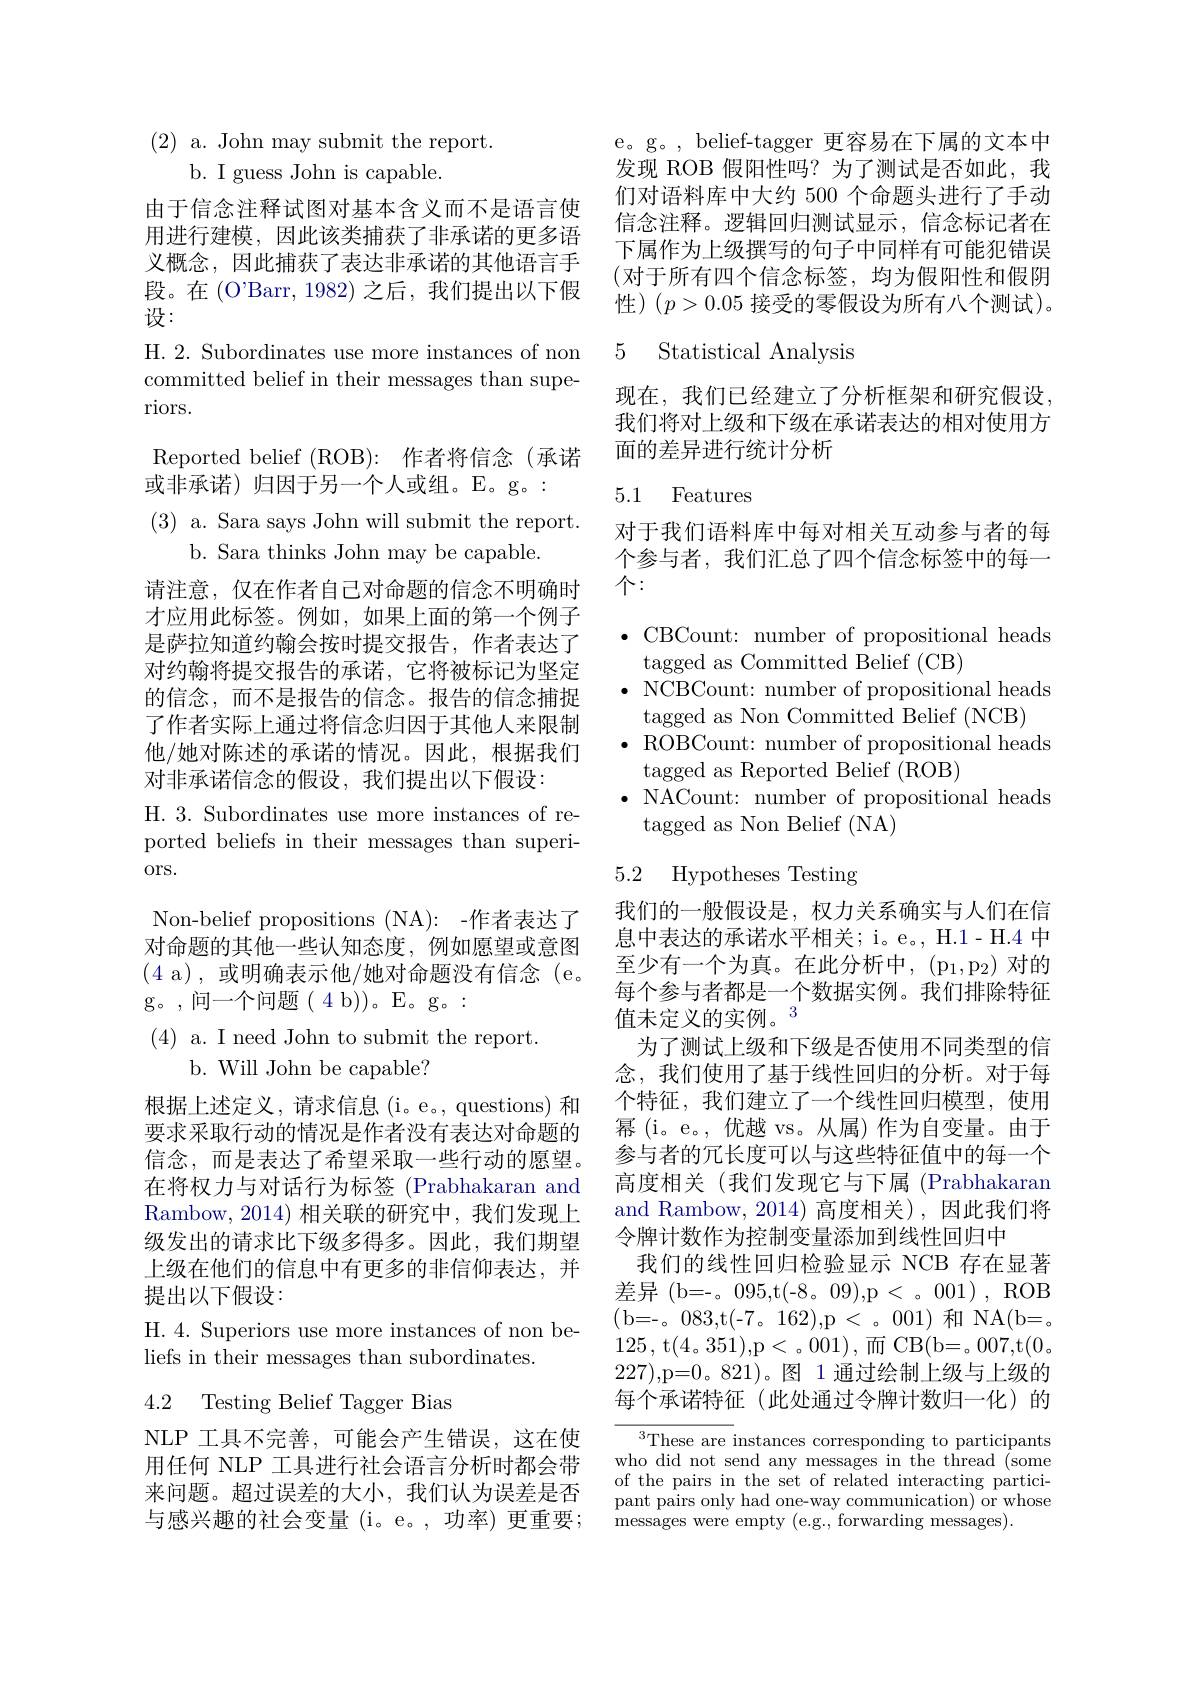
$(2){\mathrm{~a.~John~may~submit~the~report.}}$

b. I guess John is capable.

由于信念注释试图对基本含义而不是语言使用进行建模，因此该类捕获了非承诺的更多语义概念，因此捕获了表达非承诺的其他语言手段。在(O'Barr, 1982) 之后，我们提出以下假设：
H.2. Subordinates use more instances of non committed belief in their messages than superiors.
Reported belief ( ROB) : 作者将信念(承诺
或非承诺)归因于另一个人或组。E。g。:
$(3){\mathrm{~a.~Sara~says~John~will~submit~the~report}}$
b. Sara thinks John may be capable.
请注意，仅在作者自己对命题的信念不明确时才应用此标签。例如，如果上面的第一个例子是萨拉知道约翰会按时提交报告，作者表达了对约翰将提交报告的承诺，它将被标记为坚定的信念，而不是报告的信念。报告的信念捕捉了作者实际上通过将信念归因于其他人来限制他/她对陈述的承诺的情况。因此，根据我们对非承诺信念的假设，我们提出以下假设：
H. 3. Subordinates use more instances of reported beliefs in their messages than superiors.
Non-belief propositions (NA): -作者表达了对命题的其他一些认知态度，例如愿望或意图(4 a), 或明确表示他/她对命题没有信念( e. g。,问一个问题(4b))。E。g。:
(4) a. I need John to submit the report.
b. Will John be capable?
根据上述定义，请求信息(i。e。, questions) 和要求采取行动的情况是作者没有表达对命题的信念，而是表达了希望采取一些行动的愿望。在将权力与对话行为标签 (Prabhakaran and Rambow, 2014) 相关联的研究中，我们发现上级发出的请求比下级多得多。因此，我们期望上级在他们的信息中有更多的非信仰表达，并提出以下假设：
H.4. Superiors use more instances of non be-
liefs in their messages than subordinates.
4.2 Testing Belief Tagger Bias
NLP 工具不完善，可能会产生错误，这在使

用任何 NLP 工具进行社会语言分析时都会带来问题。超过误差的大小，我们认为误差是否与感兴趣的社会变量(i。e。,功率)更重要；

e。g。, belief-tagger 更容易在下属的文本中发现 ROB 假阳性吗？为了测试是否如此，我们对语料库中大约 500 个命题头进行了手动信念注释。逻辑回归测试显示，信念标记者在下属作为上级撰写的句子中同样有可能犯错误(对于所有四个信念标签，均为假阳性和假阴性)$(p>0.05$接受的零假设为所有八个测试)。

## 5 Statistical Analysis

现在，我们已经建立了分析框架和研究假设我们将对上级和下级在承诺表达的相对使用方面的差异进行统计分析

# 5.1 Features

对于我们语料库中每对相关互动参与者的每个参与者，我们汇总了四个信念标签中的每一个：

$\bullet$ CBCount: number of propositional heads
tagged as Committed Belief (CB)
$\bullet$ NCBCount: number of propositional heads
tagged as Non Committed Belief (NCB)
$\bullet$ ROBCount: number of propositional heads
tagged as Reported Belief (ROB)
$\bullet$ NACount: number of propositional heads
tagged as Non Belief (NA)

## 5.2 Hypotheses Testing

我们的一般假设是，权力关系确实与人们在信息中表达的承诺水平相关；i。e。, H.1- H.4 中至少有一个为真。在此分析中，(p_1,p_2) 对的每个参与者都是一个数据实例。我们排除特征值未定义的实例。3
为了测试上级和下级是否使用不同类型的信念，我们使用了基于线性回归的分析。对于每个特征，我们建立了一个线性回归模型，使用幂(i。e。,优越 vs。从属)作为自变量。由于参与者的冗长度可以与这些特征值中的每一个高度相关(我们发现它与下属 (Prabhakaran and Rambow, 2014) 高度相关),因此我们将令牌计数作为控制变量添加到线性回归中
我们的线性回归检验显示 NCB 存在显著${\text{差异(b=-。095,t(-8。09),p<。001),ROB}}$ ( b= - 。083, t( - 7。162) , p< 001) 和 NA(b=。125, t(4。351),p<。001),而 CB(b=。007,t(0。227),p=0。821)。图 1 通过绘制上级与上级的每个承诺特征(此处通过令牌计数归一化)的

${}^{3}{\mathrm{These~are~instances~corresponding~to~participants}}$ who did not send any messages in the thread (some of the pairs in the set of related interacting participant pairs only had one-way communication) or whose messages were empty ( e. g. , forwarding messages) .